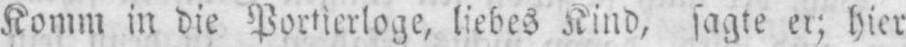
Komm in die Portierloge, liebes Kind, sagte er; hier